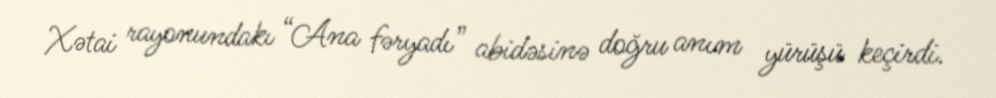
Xətai rayonundakı “Ana fəryadı” abidəsinə doğru anım yürüşü keçirdi.